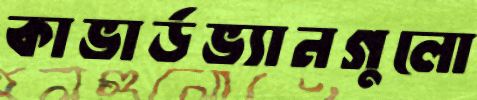
কাভার্ডভ্যানগুলো